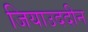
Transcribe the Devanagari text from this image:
जियाउददीन